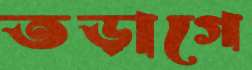
তড়াগে